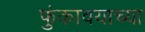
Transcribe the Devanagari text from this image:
फुंकावयाच्या